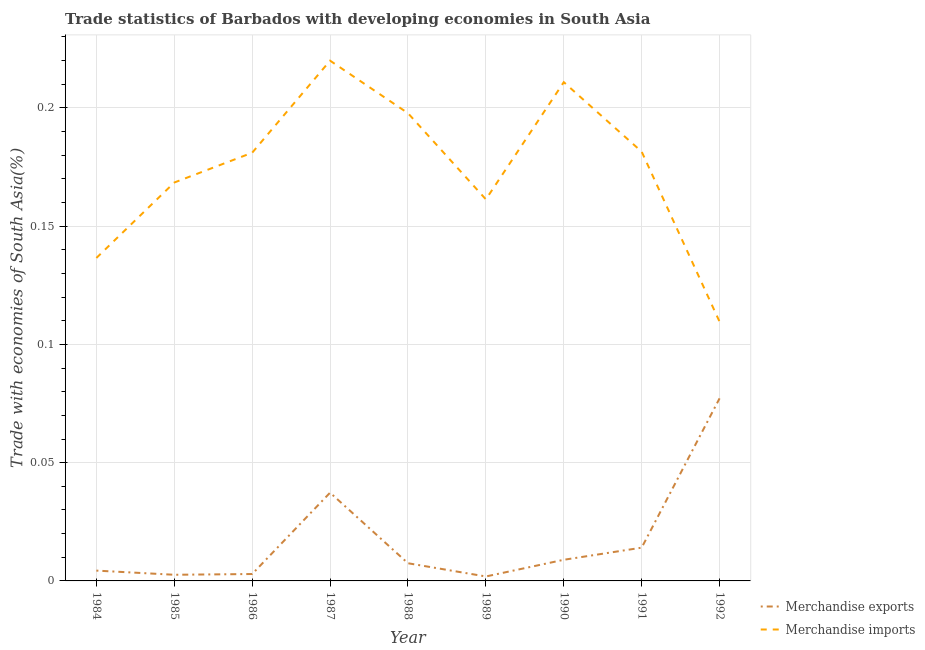
| Year | Merchandise exports | Merchandise imports |
 | --- | --- | --- |
 | 1984 | 0.00436 | 0.137 |
 | 1985 | 0.0026 | 0.168 |
 | 1986 | 0.00292 | 0.181 |
 | 1987 | 0.0373 | 0.22 |
 | 1988 | 0.00747 | 0.198 |
 | 1989 | 0.00188 | 0.161 |
 | 1990 | 0.00894 | 0.211 |
 | 1991 | 0.0141 | 0.181 |
 | 1992 | 0.0772 | 0.11 |